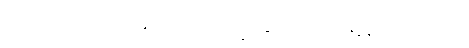
သူသည်။ ပဗ္ဗတံ၊ ဟိမဝန္တာတောင်သို့။ ဂစ္ဆေယျ၊ သွားရာ၏။ ဇနိန္ဒ၊ လူများအတွက်